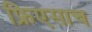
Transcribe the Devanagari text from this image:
फ्रिएसाच